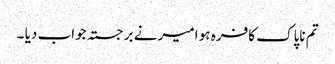
تم ناپاک کافرہ ہو امیر نے برجستہ جواب دیا ۔